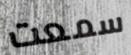
سمعت